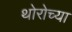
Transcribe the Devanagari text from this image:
थोरोच्या